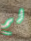
لم